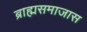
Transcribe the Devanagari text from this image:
ब्राह्मसमाजास